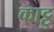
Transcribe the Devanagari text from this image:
काट्टु